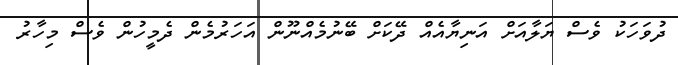
ދުވަހަކު ވެސް ޔަލާއަށް އަނިޔާއެއް ދޭކަށް ބޭނުމެއްނޫން އަހަރުމެން ދެމީހުން ވެސް މިހާރު